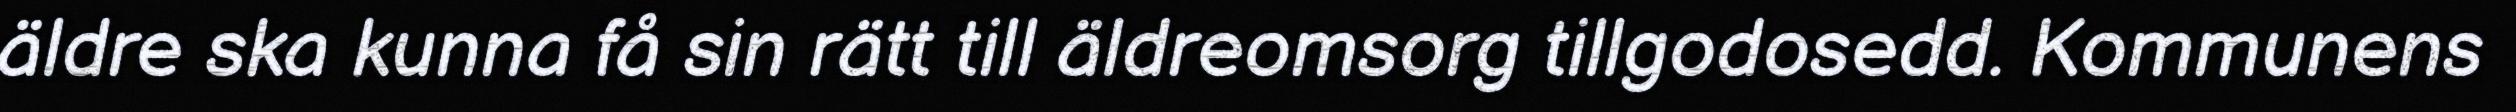
äldre ska kunna få sin rätt till äldreomsorg tillgodosedd. Kommunens